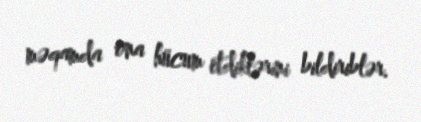
məqamda ona hücum etdiklərini bildiriblər.